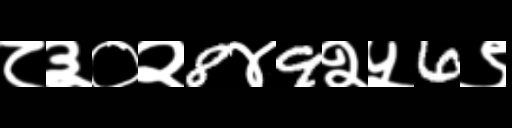
Text: ८३०२8४9२५6९